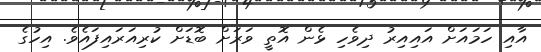
އާއި ހަމައަށް އައިއިރު ދިވެހި ޅެން އޮތީ ވަރަށް ބޮޑަށް ކުރިއަރައިފައެވެ. އިހުގެ